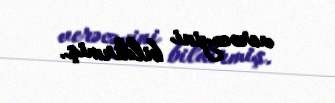
verəcəyini bildirmiş.